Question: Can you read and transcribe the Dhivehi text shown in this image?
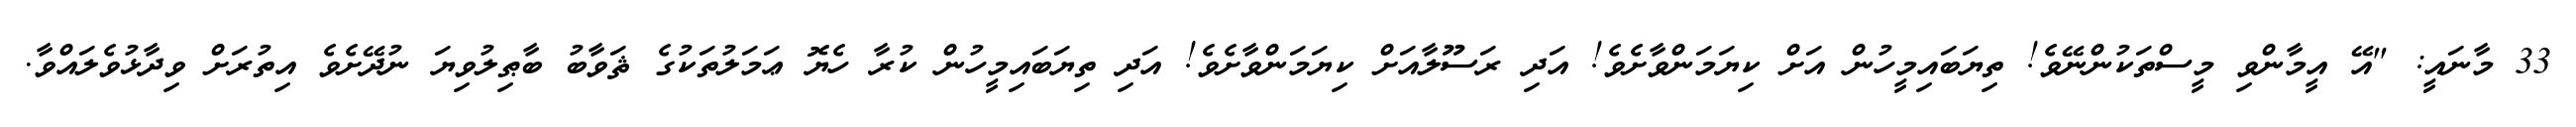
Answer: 33 މާނައީ: "އޭ އީމާންވި މީސްތަކުންނޭވެ! ތިޔަބައިމީހުން އަށް ކިޔަމަންވާށެވެ! އަދި ރަސޫލާއަށް ކިޔަމަންވާށެވެ! އަދި ތިޔަބައިމީހުން ކުރާ ހެޔޮ ޢަމަލުތަކުގެ ޘަވާބު ބާޠިލުވިޔަ ނުދޭށެވެ އިތުރަށް ވިދާޅުވެލައްވާ.